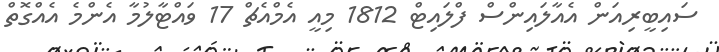
ސައިބީރިއަން އެއާލައިންސް ފްލައިޓް 1812 މިއީ އެމްއެޗް 17 ވައްޓާލުމާ އެންމެ އެއްގޮތް